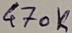
Text: 470K